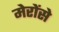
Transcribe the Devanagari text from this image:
मेरोंसे